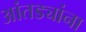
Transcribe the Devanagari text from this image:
आंतड्यांना